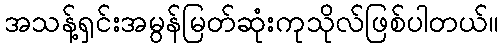
အသန့်ရှင်းအမွန်မြတ်ဆုံးကုသိုလ်ဖြစ်ပါတယ်။